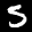
Label: 5